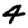
Digit: 4